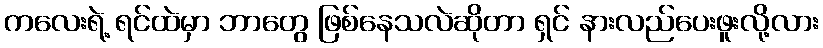
ကလေးရဲ့ ရင်ထဲမှာ ဘာတွေ ဖြစ်နေသလဲဆိုတာ ရှင် နားလည်ပေးဖူးလို့လား